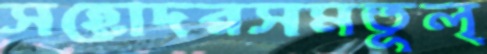
সহোদরসমতূল্